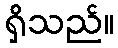
ရှိသည်။